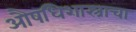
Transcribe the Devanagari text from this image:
औषधिशास्त्राचा